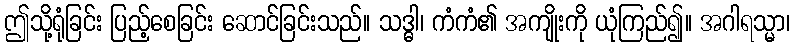
ဤသို့ရုံခြင်း ပြည့်စေခြင်း ဆောင်ခြင်းသည်။ သဒ္ဓါ၊ ကံကံ၏ အကျိုးကို ယုံကြည်၍။ အဂါရသ္မာ၊